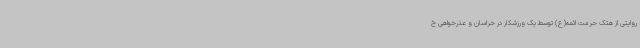
روایتی از هتک حرمت ائمه(ع) توسط یک ورزشکار در خراسان و عذرخواهی خ